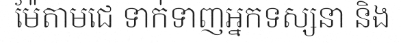
ម៉ែតាមជេ ទាក់ទាញអ្នកទស្សនា និង